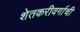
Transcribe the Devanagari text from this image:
शेतकरीवर्गाची